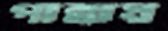
পান্নায়